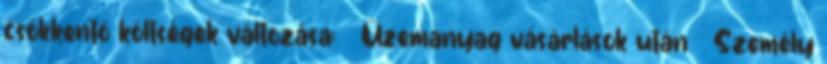
csökkentő költségek változása:  Üzemanyag vásárlások után  Személy